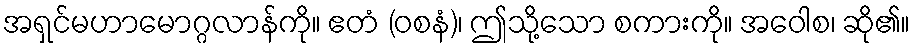
အရှင်မဟာမောဂ္ဂလာန်ကို။ ဧတံ (ဝစနံ)၊ ဤသို့သော စကားကို။ အဝေါစ၊ ဆို၏။